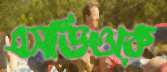
এসডিওকে